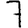
Digit: 7